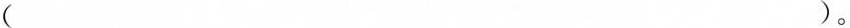
（）。